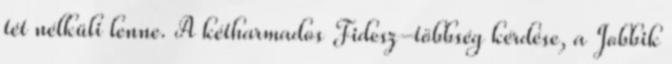
tét nélküli lenne. A kétharmados Fidesz-többség kérdése, a Jobbik